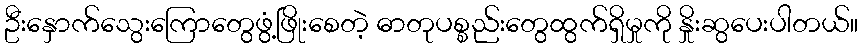
ဦးနှောက်သွေးကြောတွေဖွံ့ဖြိုးစေတဲ့ ဓာတုပစ္စည်းတွေထွက်ရှိမှုကို နှိုးဆွပေးပါတယ်။